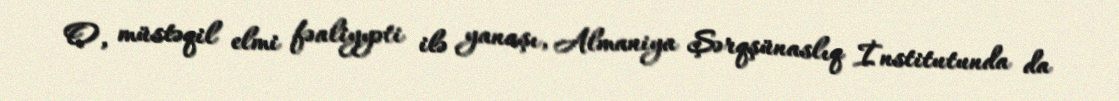
O, müstəqil elmi fəaliyyəti ilə yanaşı, Almaniya Şərqşünaslıq İnstitutunda da